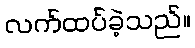
လက်ထပ်ခဲ့သည်။